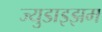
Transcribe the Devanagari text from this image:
ज्युडाइझम